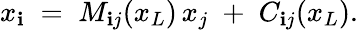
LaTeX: x_{\mathbf{i}}\; =\; M_{\mathbf{i}j}(x_{L})\, x_{j}\; +\; C_{\mathbf{i}j}(x_{L}).